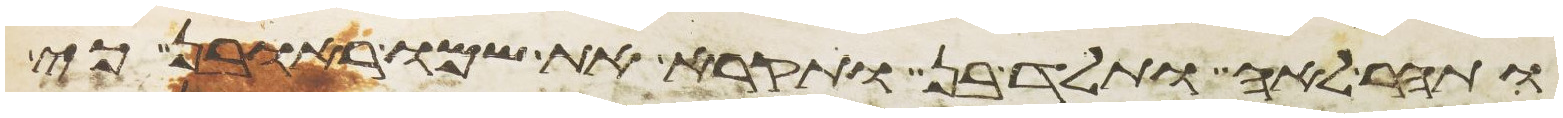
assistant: ותהר לאה ותלד בן ותקרא את שמו ראובן כי